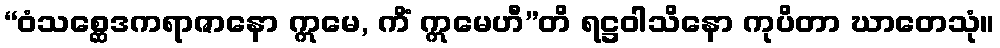
“ဝံသစ္ဆေဒကရာဇာနော ဣမေ, ကိံ ဣမေဟီ”တိ ရဋ္ဌဝါသိနော ကုပိတာ ဃာတေသုံ။